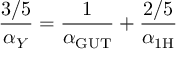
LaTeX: \frac { 3 / 5 } { \alpha _ { Y } } = \frac { 1 } { \alpha _ { \mathrm { G U T } } } + \frac { 2 / 5 } { \alpha _ { \mathrm { 1 H } } }